Bréfritari: Lárus Bjarnason
Dagsetning: A-1872-03-18
Skrifað á: Árnakoti

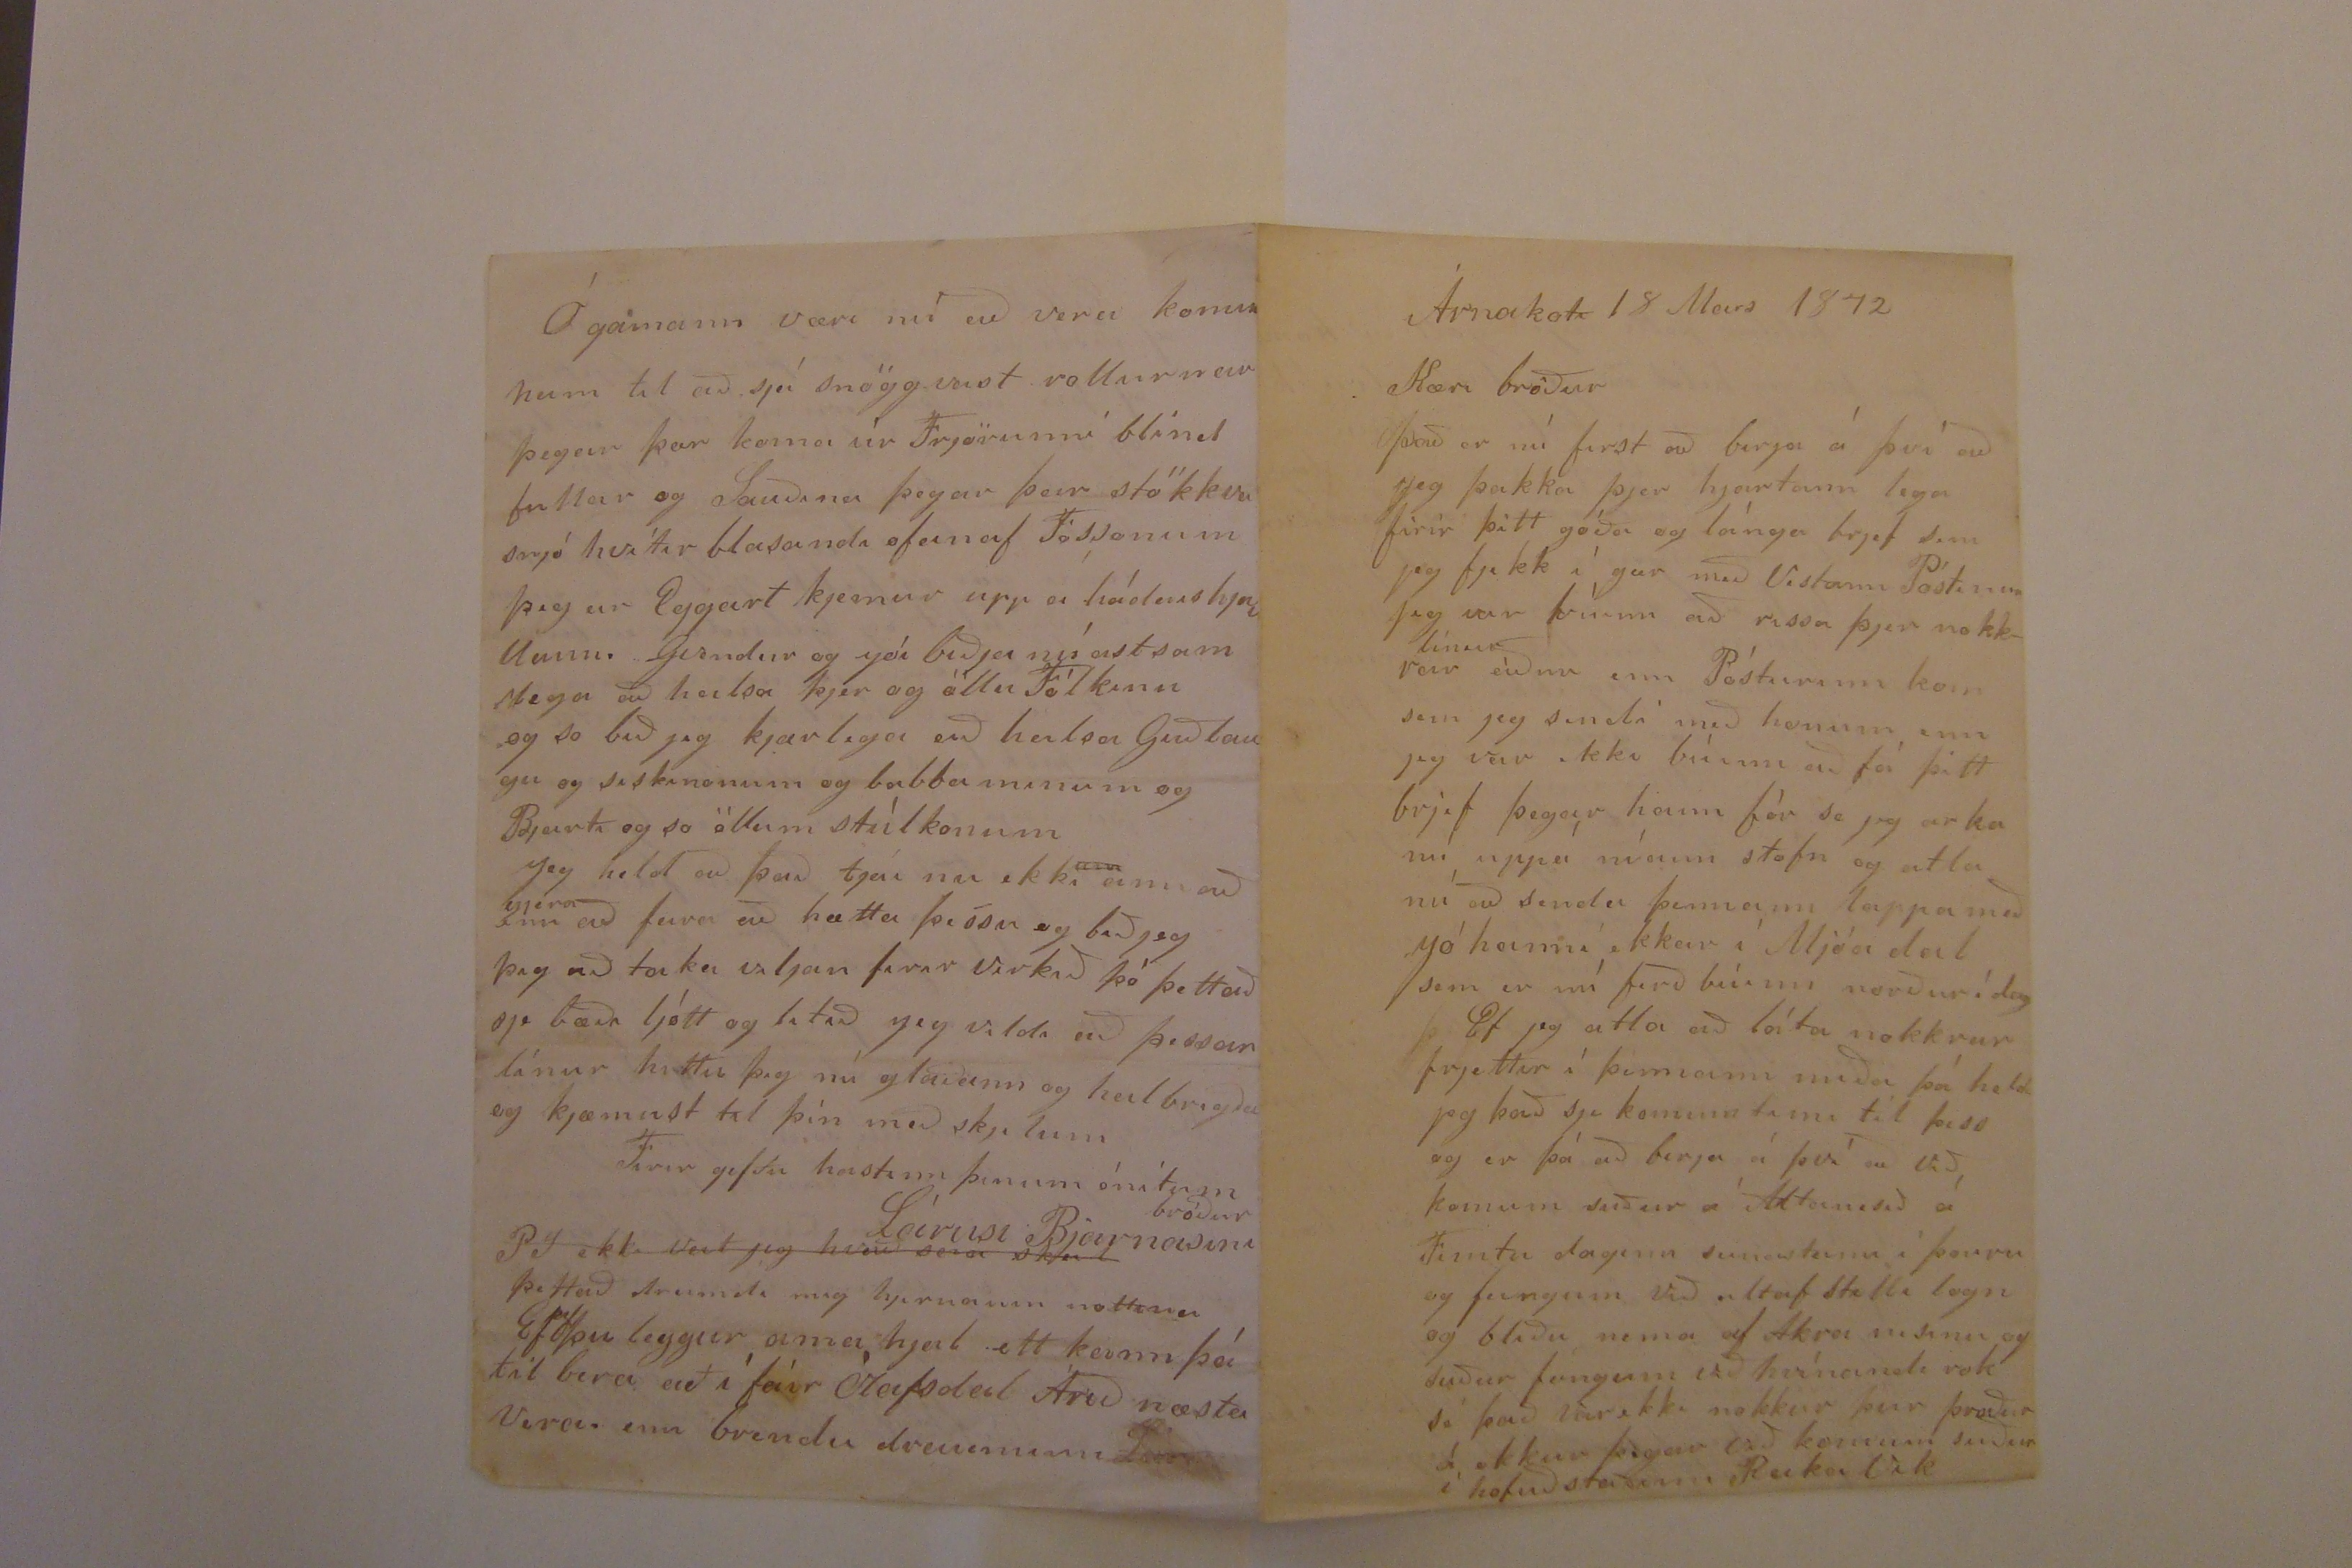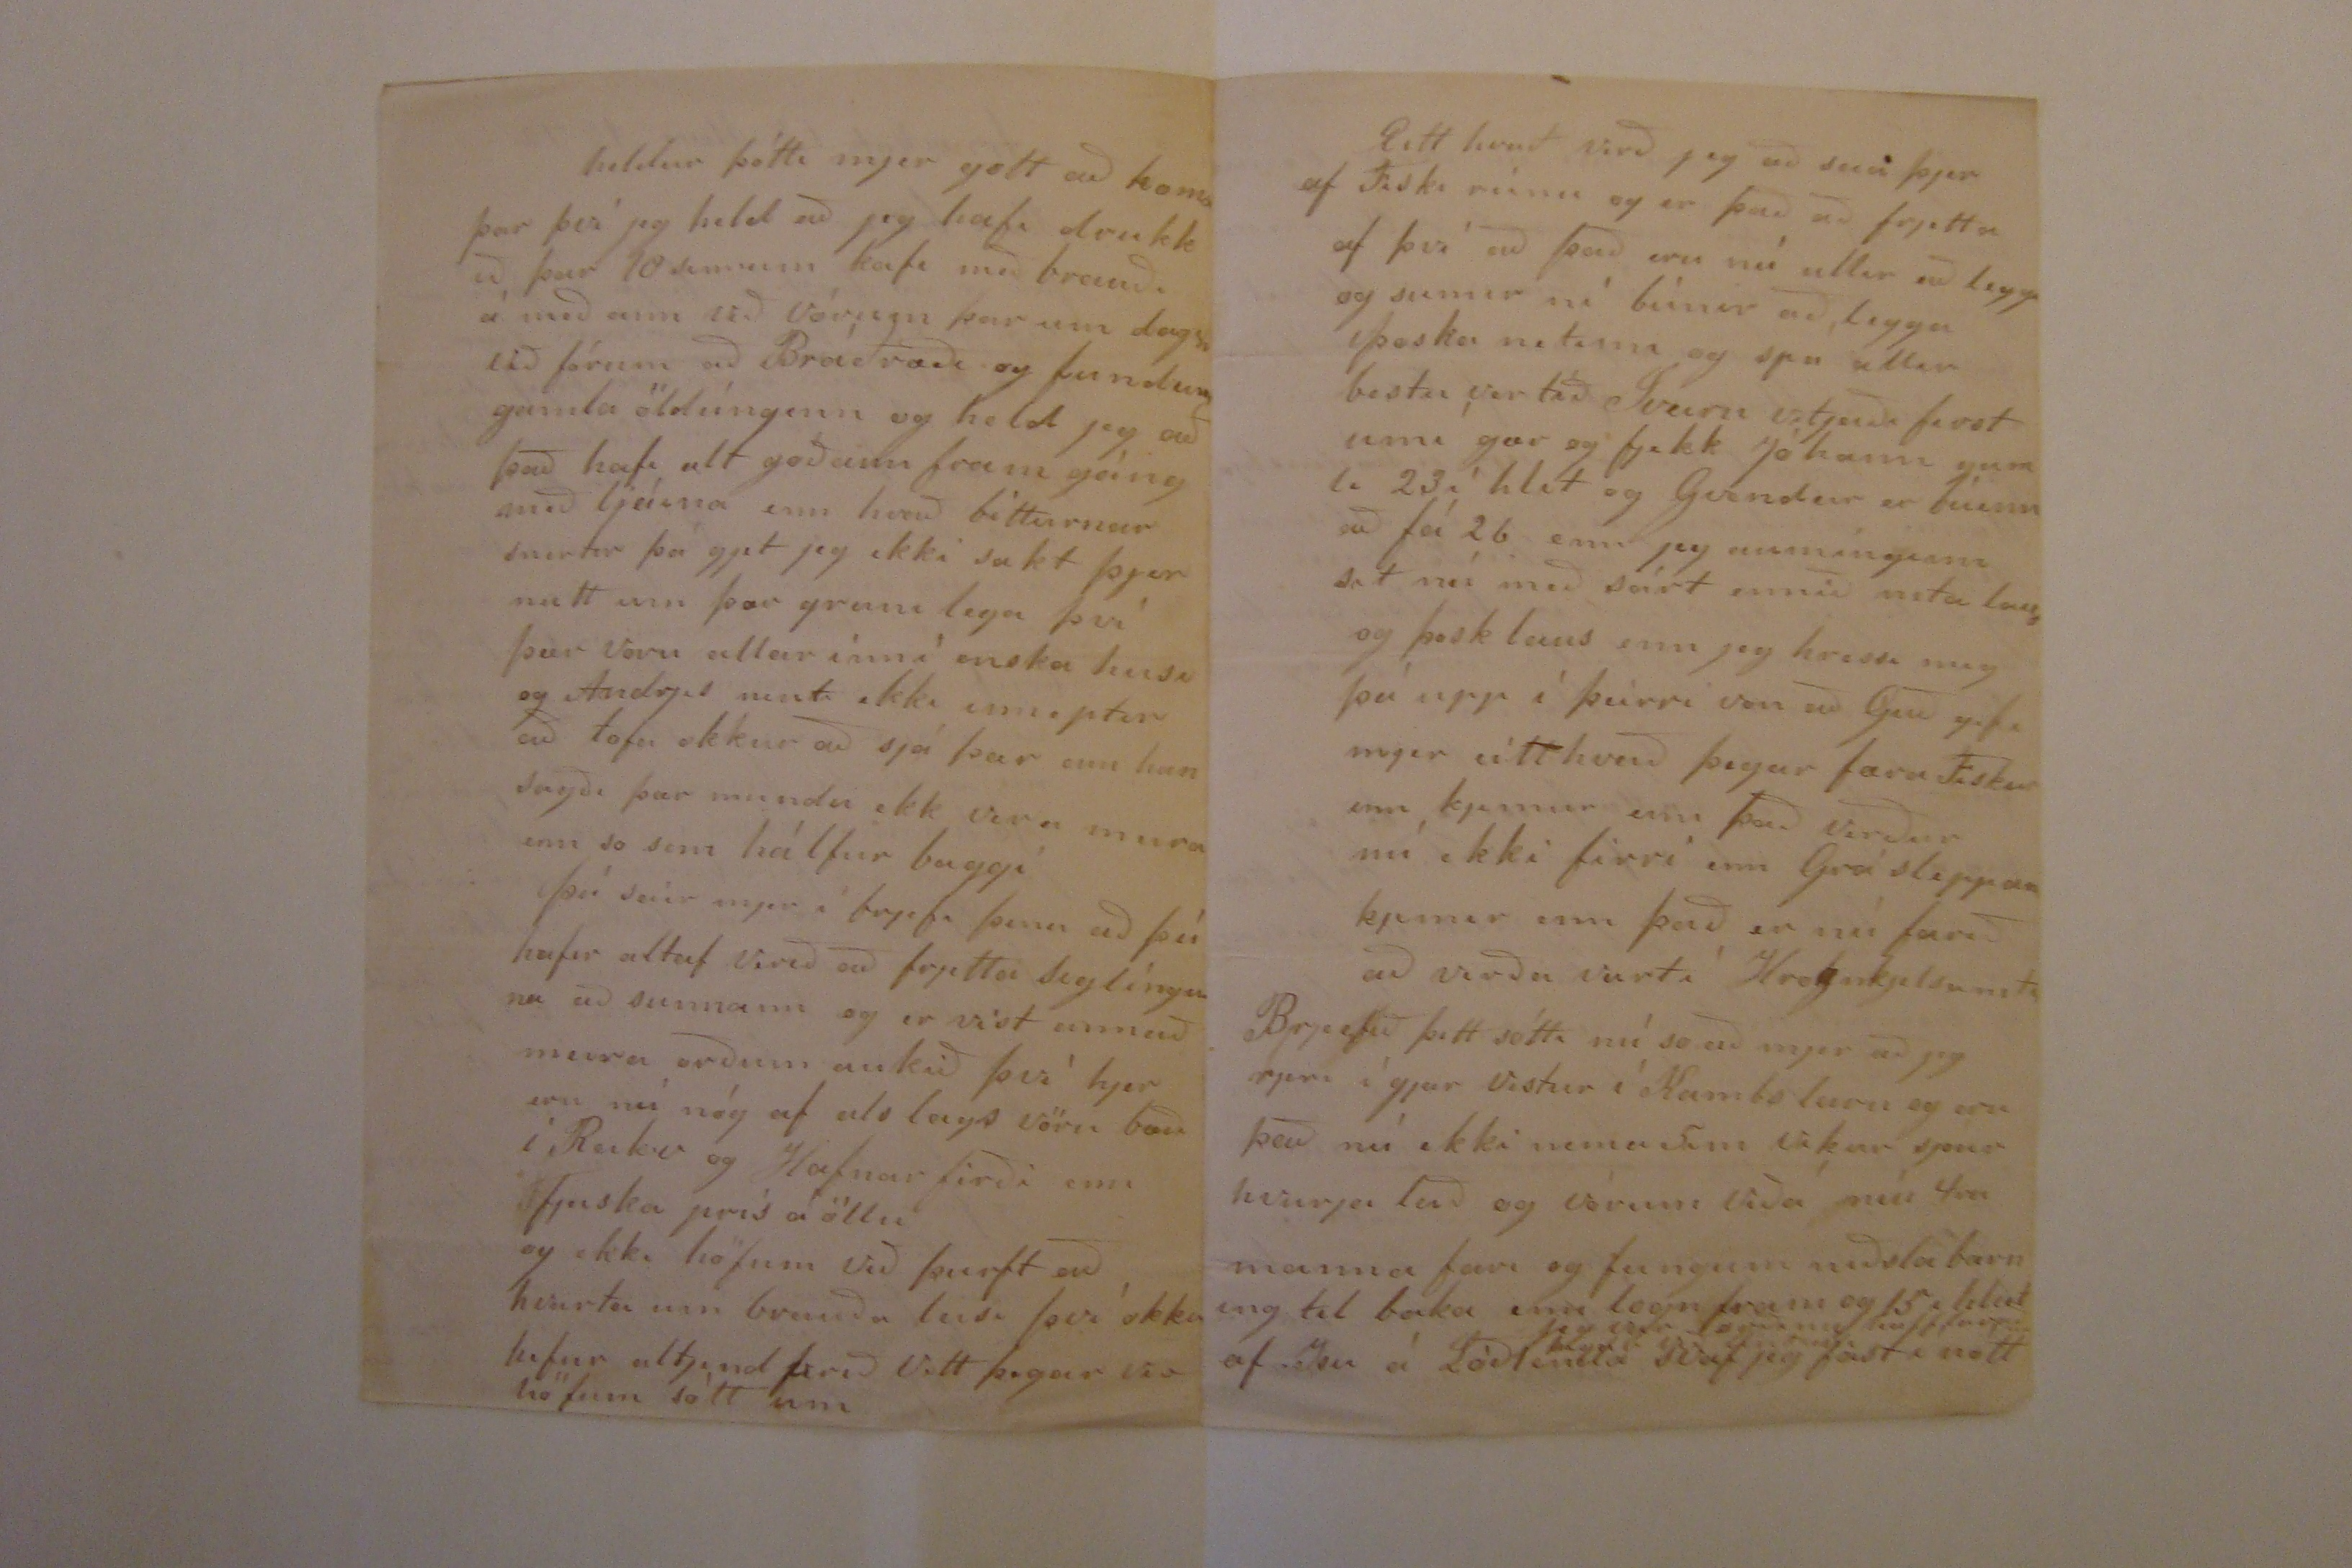

Árnakot 18 Mars 1872
Kæri bróðir
Það er nú first að birja á því að jeg þakka þjer hjartann lega firir þitt góða og lánga brjef sem jeg fjekk í gær með Vestann Póstinum jeg var búinn að rissa þjer nokkrar
línur
áður enn Pósturinn kom sem jeg sendi með honum enn jeg var ekki búinn að fá þitt brjef þegar hann fór so jeg arka nú uppá níann stofn og atla nú að senda þennann lappa með Jóhanni
okkar
í Mjóadal sem er nú ferðbúinn norður í
dag
Ef jeg atla að láta nokkrar frjettir í þennann miða þá held jeg það sje kominn timi til þess og er þá að birja á því að við komum suður á Altanesið á Fimtu daginn seinastann í þorra og feingum við altaf stilli logn og bliðu nema af Akranesinu og suður feingum við hvínandi rok sé það
var
ekki nokkur 0000 00000 á okkur þegar við komum suður í hofuðstaðinn Reikavik
heldur þótti mjer gott að koma þar því jeg held að jeg hafi drukkið þar 10 sinnum kafi með brauði á meðann við vórum þar um 00000 við fórum að
Breiðvaði
og fundum gamla öldunginn og held jeg að það hafi alt goðann framgáng með ljáina enn hvað bitturnar snertir þá gjet jeg ekki sakt þjer neitt um þær greinilega því þær voru allar innní
enska
husi og Andrjes nenti ekki enn eptir að lofa okkur að sjá þær enn han sagði þær mundu ekki vera meira enn so sem hálfur baggi
þú seiir mjer í brjefi þinu að þú hafir altaf verið að frjetta siglínguna að sunnann og er víst annað meira orðum aukið því hjer eru nú nóg af alslags vöru bæði í Reik.v og Hafnarfirði enn fjaska prís á öllu og ekki höfum við þurft að kvarta um brauða leisi því okkur hefur altjent
farið vitt
þegar við höfum sótt um
Eitthvað verð jeg að seia þjer af Fiski ríinu og er það að frjetta af því að það eru nú allir að legga og sumir ní búnir að legga þoska netinn og spá allir bestu vertíð Sveirn vitjaði first um í gær og fjekk Jóhann gamli 23 í hlit og Gvendur er búinn að fá 26 enn jeg aumínginn sit nú með sárt ennið neta laus og þosk laus enn jeg hressi mig þá upp í þeirri von að Guð gefi mjer eittthvað þegar færa Fiskurinn kjemur enn það verður nú ekki firri enn Grásleppan kjemur enn það er nú farið að verða vart í Hrognkjelsaneti
Brjefið þitt sótti nú so að mjer að jeg rjeri í gjær vestur í Kambsleiru og eru það nú ekki nema
5im
vikur sjóar hvurja leið og vórum við á níu 4ra manna fari og feingum neðsta barning til baka enn logn fram og 15 i hlut af Ysu á Lóð
Jeg var orðinn half 00000
þegar við lentum
enda svaf jeg fast í nótt
Ó gamann væri nú að vera kominn heim til að sjá snöggvast rollurnar þegar þær koma úr
Frjörunni
blind fullar og Sauðina þegar þeir stökkva snjó hvítir blasandi ofan af Fossonum þegar Eggert kjemur upp á hádeiis hj00 0000 Gvendur og jón biðja nú astsamslega að heilsa þjer og öllu Fólkinu og so bið jeg kjærlega að heilsa Guðlaugu og siskinonum og babba minum og Bjarti og so öllum stúlkonum
Jeg held að það tjái nu ekki
um
einu
að
gjera
enn að fara að hætta þessu og bið jeg þig að taka viljan firir verkið þó þettað sje bæði ljótt og litið jeg vildi að þessar línur hitti þig nú glaðann og heilbrigðan og kjæmist til þín með skjilum
Firirgjefðu hastann þinum ónítum bróður
Lárusi Bjarnasini
Sé ekki veit jeg hvað seia skal
þettað dreimdi mig hjerna um nottina
Ef þoku
leggur
sem er hj0l ett
kann þá til bera að í fáir Ólafsdal Árið næsta vera enn brendu drauminn
Lárus